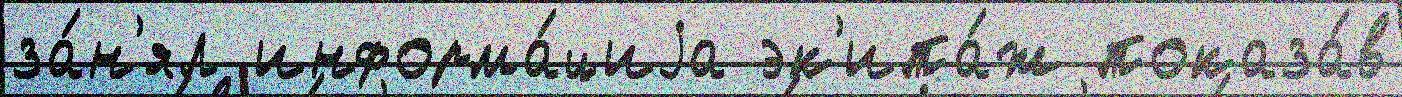
за́н'ял информа́циjа эк'ипа́ж показа́в